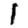
Digit: 1